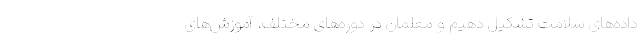
داده‌‌های سلامت تشکیل دهیم و معلمان در دوره‌‌های مختلف، آموزش‌‌های